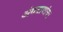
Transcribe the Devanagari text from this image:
अंगत्राणांचा